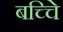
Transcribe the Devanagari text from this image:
बच्चेि